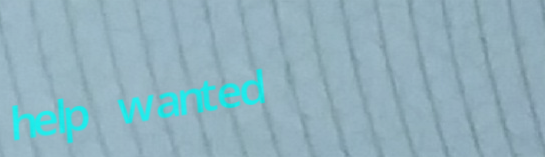
help wanted